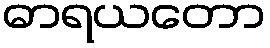
ဓာရယတော